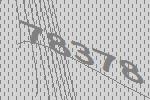
78378